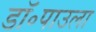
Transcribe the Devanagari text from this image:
डॉ॰पाउला